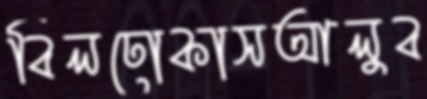
বিলঢোকাসআলুব